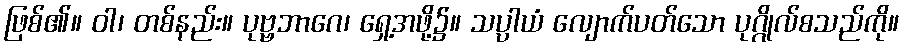
ဖြစ်၏။ ဝါ၊ တစ်နည်း။ ပုဗ္ဗဘာဂေ၊ ရှေ့အဖို့၌။ သပ္ပာယံ လျောက်ပတ်သော ပုဂ္ဂိုလ်စသည်ကို။